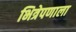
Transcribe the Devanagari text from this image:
भित्रेपणाला